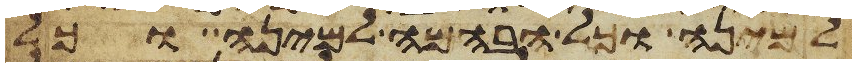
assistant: למינה וכל הבהמה למינה וכל